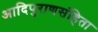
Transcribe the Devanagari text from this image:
आदिपुराणसंहिता